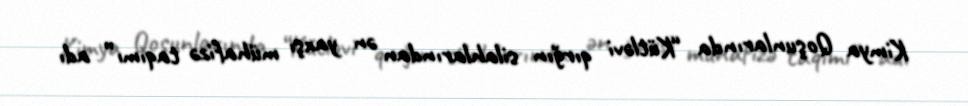
Kimya Qoşunlarında “Kütləvi qırğın silahlarından ən yaxşı mühafizə taqımı” adı